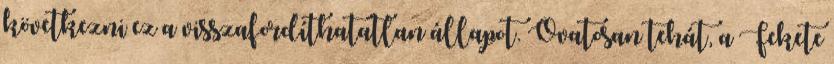
következni ez a visszafordíthatatlan állapot. Óvatosan tehát, a Fekete